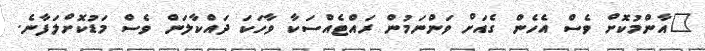
"އާންމުކޮށް ވެސް އެހެން ގެއަށް ވަންނަމުން ރައްޓެއްސަކާ ވާހަކަ ދައްކާލަން ވެސް މަޑުކޮށްލަފާނެ.